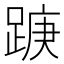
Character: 𮛭